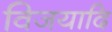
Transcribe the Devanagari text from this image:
विजयादि